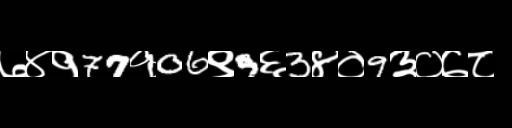
Text: ७४१77१06९9६3४०9३०७८